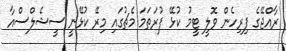
ރާއްޖޭގެ ފިރިހެން ވޮލީ ޓީމު ކުޅޭ ފުރަތަމަ މެޗުގައި މިރޭ ކުޅޭނީ ސީޝެލްސްއާ